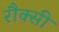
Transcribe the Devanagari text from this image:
रौक्सी